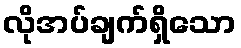
လိုအပ်ချက်ရှိသော